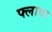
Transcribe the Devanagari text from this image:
फ्लावा